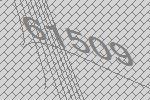
61509